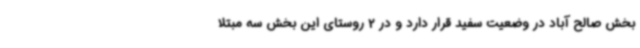
بخش صالح آباد در وضعیت سفید قرار دارد و در 2 روستای این بخش سه مبتلا